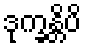
ဒုက္ခန္တိပိ